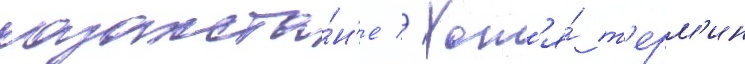
казахста́н'е // Хот'я́ т'ерм'ин